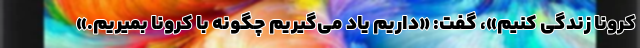
کرونا زندگی کنیم»، گفت: «داریم یاد می‌گیریم چگونه با کرونا بمیریم.»